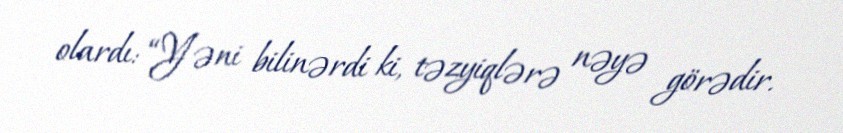
olardı: “Yəni bilinərdi ki, təzyiqlərə nəyə görədir.